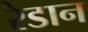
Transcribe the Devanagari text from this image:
रेडान